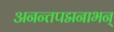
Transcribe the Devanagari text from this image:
अनन्तपद्मनाभन्